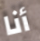
أنا